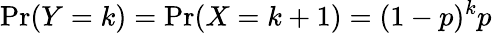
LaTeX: \operatorname*{Pr}(Y=k)=\operatorname*{Pr}(X=k+1)=(1-p)^{k}p